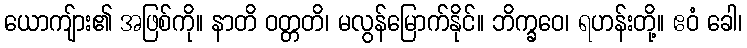
ယောကျ်ား၏ အဖြစ်ကို။ နာတိ ဝတ္တတိ၊ မလွန်မြောက်နိုင်။ ဘိက္ခဝေ၊ ရဟန်းတို့။ ဧဝံ ခေါ၊